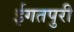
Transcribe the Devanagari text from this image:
ईगतपुरी